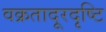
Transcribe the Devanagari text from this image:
वक्रतादूरदृष्टि